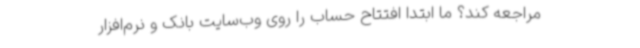
مراجعه کند؟ ما ابتدا افتتاح حساب را روی وب‌سایت بانک و نرم‌افزار